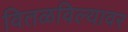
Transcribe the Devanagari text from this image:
वितळविल्यावर